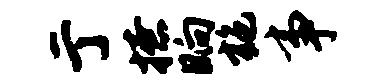
亍撩晌施事